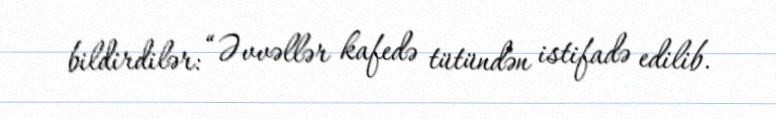
bildirdilər: “Əvvəllər kafedə tütündən istifadə edilib.